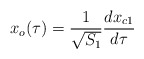
\begin{align*}x_{o}(\tau) = {{1} \over {\sqrt{S_{1}}}} {{dx_{c1}} \over {d\tau}}\end{align*}